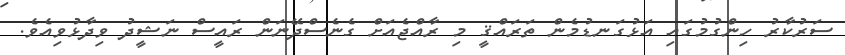
ސަރުކާރު ހިންގުމުގައި އަޅުގަނޑުމެން ތަރައްޤީ މި ރާއްޖެއަށް ގެނެސްދޭނަން ރައީސް ނަޝީދު ވިދާޅުވިއެވެ.